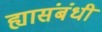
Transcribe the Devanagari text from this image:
ह्यासंबंधी